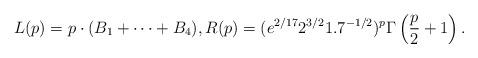
LaTeX: \begin{align*}L(p) = p\cdot(B_1+\dots+B_4), R(p) = (e^{2/17}2^{3/2}1.7^{-1/2})^p\Gamma\left(\frac{p}{2}+1\right).\end{align*}